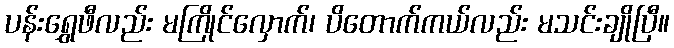
ပန်းရွှေဖီလည်း မကြိုင်လှောက်၊ ပိတောက်ကယ်လည်း မသင်းချိုပြီ။